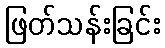
ဖြတ်သန်းခြင်း